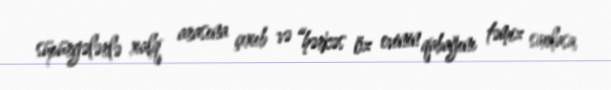
süpürgələrlə xalq arasına çıxıb və “hərkəs öz evinin qabağını təmiz saxlasa,